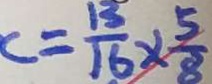
c = \frac { 1 3 } { 1 6 } \times \frac { 5 } { 8 }